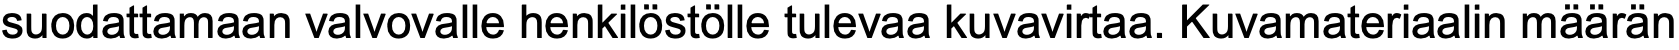
suodattamaan valvovalle henkilöstölle tulevaa kuvavirtaa. Kuvamateriaalin määrän